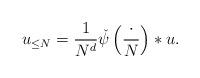
LaTeX: \begin{align*}u_{\leq N} = \frac{1}{N^d} \check{\psi}\left( \frac{\cdot }{ N} \right) \ast u. \end{align*}